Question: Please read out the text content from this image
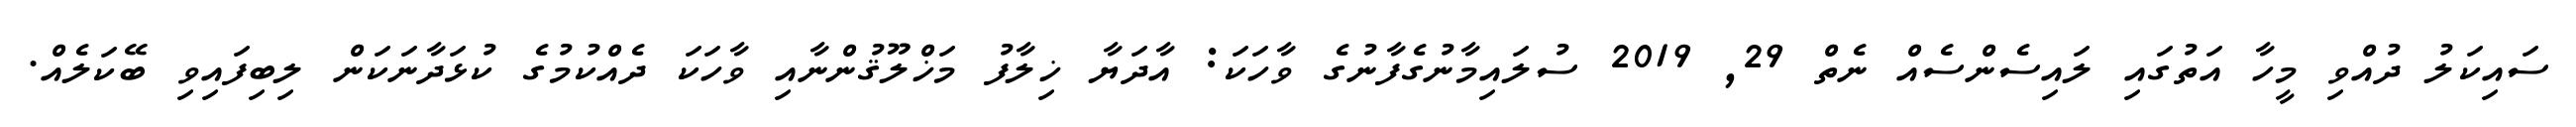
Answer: ސައިކަލު ދުއްވި މީހާ އަތުގައި ލައިސެންސެއް ނެތް 29, 2019 ސުލައިމާނުގެފާނުގެ ވާހަކަ: އާދަޔާ ޚިލާފު މަޚްލޫޤުންނާއި ވާހަކަ ދެއްކުމުގެ ކުޅަދާނަކަން ލިބިފައިވި ބޭކަލެއް.